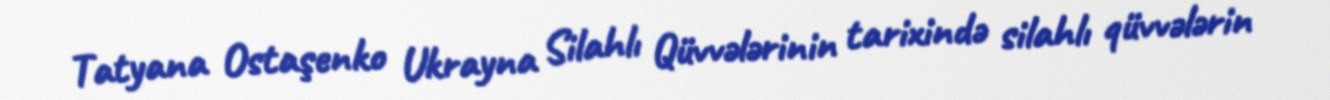
Tatyana Ostaşenko Ukrayna Silahlı Qüvvələrinin tarixində silahlı qüvvələrin